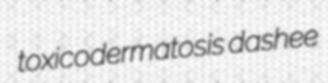
toxicodermatosis dashee